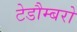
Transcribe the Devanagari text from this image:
टेडौम्बरो